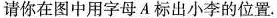
请你在图中用字母A标出小李的位置.